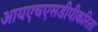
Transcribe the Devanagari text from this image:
आयएचएसडीपीकरिता